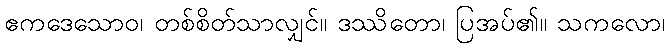
ဧကဒေသောဝ၊ တစ်စိတ်သာလျှင်။ ဒဿိတော၊ ပြအပ်၏။ သကလော၊